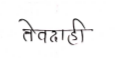
मजकूर: तेवदाही